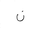
Letter: _non